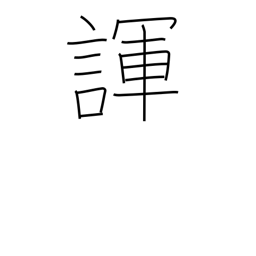
Meaning: joke